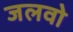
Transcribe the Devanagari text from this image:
जलवो